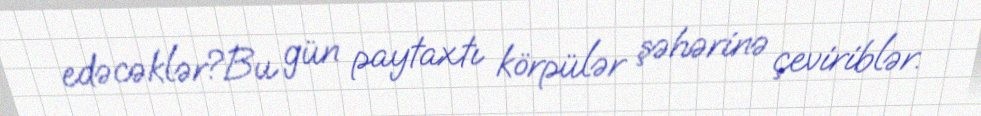
edəcəklər?Bu gün paytaxtı körpülər şəhərinə çeviriblər.